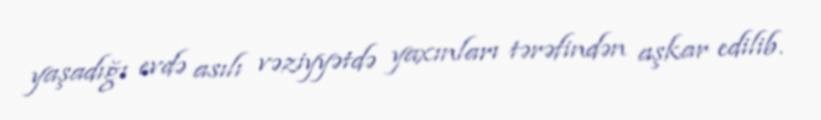
yaşadığı evdə asılı vəziyyətdə yaxınları tərəfindən aşkar edilib.